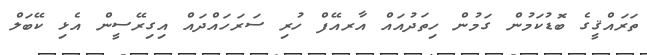
ތަރައްޤީގެ ބޮޑުކަމުން ގަމުން ހިތަދުއައް އާރއޭފް ހުރި ސަރަހައްދައް އިގިރޭސީން އެޅި ކޭބަލް